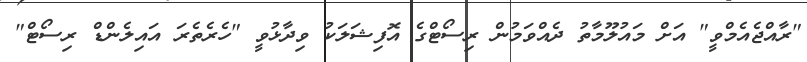
"ރާއްޖެއެމްވީ" އަށް މައުލޫމާތު ދެއްވަމުން ރިސޯޓްގެ އޮފިޝަލަކު ވިދާޅުވީ "ހެރެތެރަ އައިލެންޑް ރިސޯޓް"